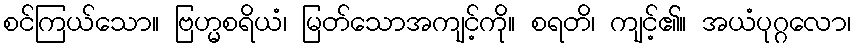
စင်ကြယ်သော။ ဗြဟ္မစရိယံ၊ မြတ်သောအကျင့်ကို။ စရတိ၊ ကျင့်၏။ အယံပုဂ္ဂလော၊